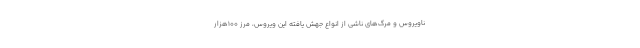
ناویروس و مرگ‌های ناشی از انواع جهش یافته‌ این ویروس، مرز ۱۰۰هزار